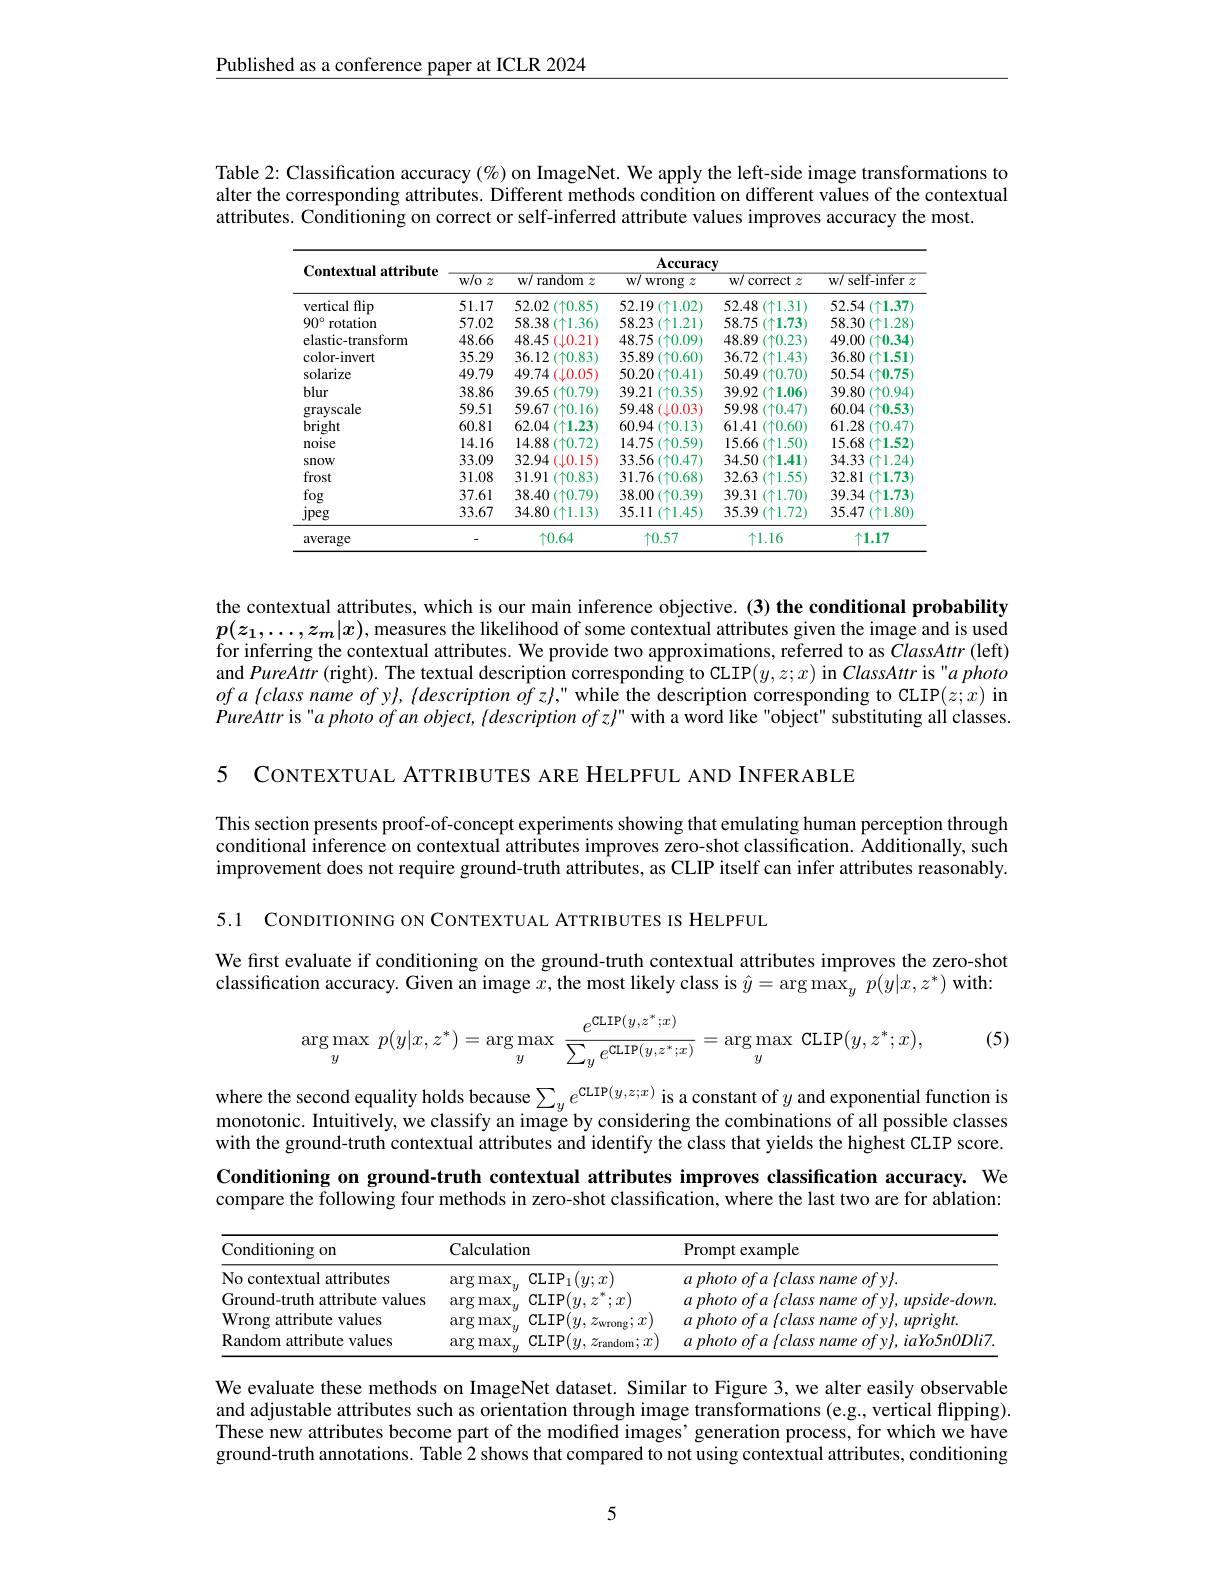
Published as a conference paper at ICLR 2024

Table 2: Classification accuracy (%) on ImageNet. We apply the left-side image transformations to alter the corresponding attr attributes. Conditioning on correct or self-inferred attribute values improves accuracy the most.

<table>
	<tbody>
		<tr>
			<th rowspan="2">Contextual attribute</th>
			<th colspan="5">$\mathbf{Accuracy}$</th>
		</tr>
		<tr>
			<th>$w/o$ $\mathcal{Z}$ $\frac{1}{2}=\frac{1}{2}$ 1 </th>
			<th>$W/$ random .2</th>
			<th>$W/$ wrong $Z$</th>
			<th>$w/$ . correct $z$</th>
			<th>$W/$ self-infer</th>
		</tr>
		<tr>
			<td>vertical flip</td>
			<td>51.17</td>
			<td>52.02 $(\uparrow0.85)$</td>
			<td> $(\uparrow1.02)$</td>
			<td>52.48 $(\uparrow1.31)$</td>
			<td>52.54 $(\uparrow1.37)$</td>
		</tr>
		<tr>
			<td>$90^{\circ}$ rotation</td>
			<td>57.02</td>
			<td>58.38 (个1.36)</td>
			<td>58.23 $(\uparrow1.21)$</td>
			<td>58.75 $(\uparrow1.73)$</td>
			<td>58.30 $(\uparrow1.28$</td>
		</tr>
		<tr>
			<td>elastic-transform</td>
			<td>48.66</td>
			<td>48.45 (.10.21)</td>
			<td>48.75 $(\uparrow0.09)$</td>
			<td>48.89 $(\uparrow0.23)$</td>
			<td>49.00 $(\uparrow0.34$</td>
		</tr>
		<tr>
			<td>color-invert</td>
			<td>35.29</td>
			<td>36.12 $(\uparrow0.83)$</td>
			<td>35.89 $(\uparrow0.60)$</td>
			<td>36.72 (个1.43)</td>
			<td>36.80 $(\uparrow1.51$</td>
		</tr>
		<tr>
			<td>solarize</td>
			<td>49.79</td>
			<td>49.74 $(\downarrow0.05)$</td>
			<td>50.20 $(\uparrow0.41)$</td>
			<td>50.49 $(\uparrow0.70)$</td>
			<td>50.54 $(\uparrow0.75$</td>
		</tr>
		<tr>
			<td>blur</td>
			<td>38.86</td>
			<td>39.65 $(\uparrow0.79)$</td>
			<td>39.21 $(\uparrow0.35)$</td>
			<td>39.92 $(\uparrow1.06)$</td>
			<td>39.80 $(\uparrow0.94]$</td>
		</tr>
		<tr>
			<td>gravscale</td>
			<td>59.51</td>
			<td>59.67 $(\uparrow0.16)$</td>
			<td>59.48 $(\bot0.03)$</td>
			<td>59.98 $(\uparrow0.47)$</td>
			<td>60.04 $(\uparrow0.53)$</td>
		</tr>
		<tr>
			<td>bright</td>
			<td>60.81</td>
			<td>62.04 (个1.23)</td>
			<td>60.94 $(\uparrow0.13)$</td>
			<td>61.41 $(\uparrow0.60)$</td>
			<td>61.28 $(\uparrow0.47$</td>
		</tr>
		<tr>
			<td>nolse</td>
			<td>14.16</td>
			<td>14.88 $(\uparrow0.72)$</td>
			<td>14.75 $(\uparrow0.59)$</td>
			<td>15.66 $\uparrow1.50)$</td>
			<td>15.68 $(\uparrow1.52$</td>
		</tr>
		<tr>
			<td>snow</td>
			<td>33.09</td>
			<td>32.94 $(\downarrow0.15)$</td>
			<td>33.56 $(\uparrow0.47)$</td>
			<td>34.50 (个1.41)</td>
			<td>34.33 个1.24</td>
		</tr>
		<tr>
			<td>frost</td>
			<td>31.08</td>
			<td>31.91 $(\uparrow0.83)$</td>
			<td>31.76 $(\uparrow0.68]$ 1</td>
			<td>32.63 (个1.55)</td>
			<td>32.81 $(\uparrow1.73)$</td>
		</tr>
		<tr>
			<td>fog</td>
			<td>37.61</td>
			<td>38.40 $(\uparrow0.79)$</td>
			<td>38.00 $(\uparrow0.39)$</td>
			<td>39.31 $(\uparrow1.70)$</td>
			<td>39.34 $(\uparrow1.73)$</td>
		</tr>
		<tr>
			<td>Jpeg</td>
			<td>33.67</td>
			<td>34.80 $(\uparrow1.13)$</td>
			<td>35.11 $(\uparrow1.45)$</td>
			<td>35.39 (个1.72)</td>
			<td>35.47 $(\uparrow1.80)$</td>
		</tr>
		<tr>
			<td>average</td>
			<td>-</td>
			<td>$\uparrow0.64$</td>
			<td>$\uparrow0.57$</td>
			<td>$\uparrow1.16$</td>
			<td>$\uparrow1.17$</td>
		</tr>
	</tbody>
</table>

the contextual attributes, which is our main inference objective. (3) the conditional probability $p(z_1,\ldots,z_m|x)$, measures the likelihood of some contextual attributes given the image and is used for inferring the contextual attributes. We provide two approximations, referred to as ClassAttr (left) and PureAttr (right). The textual description corresponding to CLIP$(y,z;x)$ in ClassAttr is"a photo $ofa\left\{class\:name\:of\:y\right\},\left\{description\:of\:z\right\},"$ while the description corresponding to CLIP$(z;x)$ in PureAttr is "a photo of an o

5

CONTEXTUAL ATTRIBUTES ARE HELPFUL AND INFERABLE

This section presents proof-of-concept experiments showing that emulating human perception through conditional inference on contextual attributes improves zero-shot classification. Additionally, such improvement does not require ground-truth attributes, as CLIP itself can infer attributes reasonably.

5.1 CONDITIONING ON CONTEXTUAL ATTRIBUTES IS HELPFUL

We first evaluate if conditioning on the ground-truth contextual attributes improves the zero-shot classification accuracy. Giv
$$\arg\max_{y}\:p(y|x,z^*)=\arg\max_{y}\:\frac{e^{\text{cLIP}(y,z^*;x)}}{\sum_{y}e^{\text{cLIP}(y,z^*;x)}}=\arg\max_{y}\:\text{CLIP}(y,z^*;x),$$
(5)

where the second equality holds because $\sum_ye^{\mathrm{CLIP}(y,z;x)}$ is a constant of $y$ and exponential function is monotonic. Intuitively, we classify an image by considering the combinations of all possible classes with the ground-truth contextual attributes and identify the class that yields the highest CLIP score.

Conditioning on ground-truth contextual attributes improves classification accuracy. We compare the following four m

<table>
	<tbody>
		<tr>
			<th rowspan="2">Conditioning on No contextual attributes</th>
			<th colspan="2">Calculation</th>
			<th rowspan="2">Prompt example $a$ photo $of$ $a$ $\{ class$ name $ofy\} .$</th>
		</tr>
		<tr>
			<th>$\arg$ max </th>
			<th>$\mathrm{CLIP}_{1}(y;x)$</th>
		</tr>
		<tr>
			<td>Ground-truth attribute values</td>
			<td>$\arg$ ${\mathrm{rmax}}$</td>
			<td>$CLIP$ $u$ T</td>
			<td>$a$ photo $of$ $a$ $f$ class name $ofv\},upside-down$</td>
		</tr>
		<tr>
			<td>Wrong attribute values</td>
			<td>$\arg$ max</td>
			<td>$CLIP$ $(y,z_{\mathrm{wrong}};$ $;x$</td>
			<td>unrioht</td>
		</tr>
		<tr>
			<td>Random attribute values</td>
			<td>arg max</td>
			<td>CLIP$( y, z_{\mathrm{random}}; x$</td>
			<td> </td>
		</tr>
	</tbody>
</table>

We evaluate these methods on ImageNet dataset. Similar to Figure 3, we alter easily observable and adjustable attributes such as orientation through image transformations (e.g., vertical flipping). These new attributes become part of the modified images' generation process, for which we have ground-truth annotations. Table 2 shows that compared to not using contextual attributes, conditioning

5